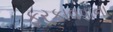
ફરકાવવાના